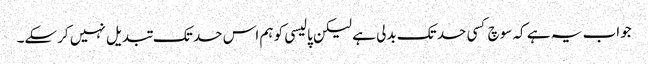
جواب یہ ہے کہ سوچ کسی حد تک بدلی ہے لیکن پالیسی کو ہم اس حد تک تبدیل نہیں کرسکے۔